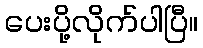
ပေးပို့လိုက်ပါပြီ။